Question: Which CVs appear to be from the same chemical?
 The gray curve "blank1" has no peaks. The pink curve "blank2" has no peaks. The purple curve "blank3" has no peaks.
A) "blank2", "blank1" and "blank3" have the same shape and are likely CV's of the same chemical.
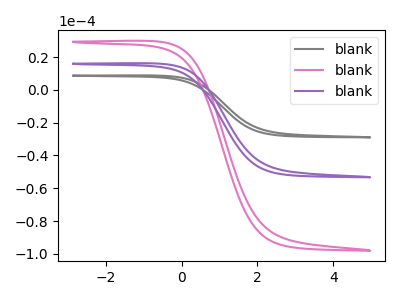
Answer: <think>Neither "blank1" or "blank2" have any peaks. Neither "blank1" or "blank3" have any peaks. Neither "blank2" or "blank3" have any peaks.
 </think>
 <answer>A) "blank2", "blank1" and "blank3" have the same shape and are likely CV's of the same chemical.</answer>
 <eval>A</eval>